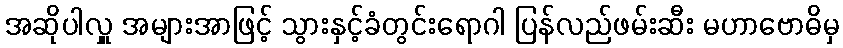
အဆိုပါလှူ အများအာဖြင့် သွားနှင့်ခံတွင်းရောဂါ ပြန်လည်ဖမ်းဆီး မဟာဗောဓိမှ